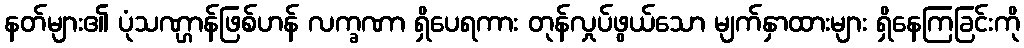
နတ်များ၏ ပုံသဏ္ဌာန်ဖြစ်ဟန် လက္ခဏာ ရှိပေရကား တုန်လှုပ်ဖွယ်သော မျက်နှာထားများ ရှိနေကြခြင်းကို